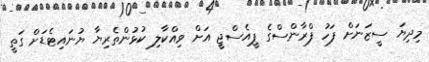
މިދިޔަ ސީޒަނަށް ފަހު ފްރާންސްގެ ޕީއެސްޖީ އަށް ވިއްކާލި ކުޅުންތެރިޔާ ޔުނައިޓެޑަށް ގަތީ